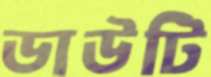
ডাউটি